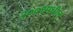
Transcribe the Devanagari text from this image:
२००१मधील